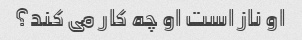
او ناز است او چه کار می کند؟